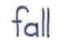
fall